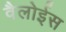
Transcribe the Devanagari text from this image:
वैलोईस